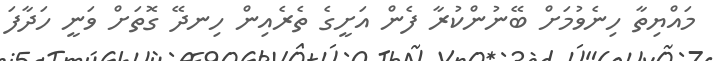
މައްޔިތާ ހިނެވުމަށް ބޭނުންކުރާ ފެން އަށީގެ ތެރެއިން ހިނދޭ ގޮތަށް ވަނީ ހަދާފަ